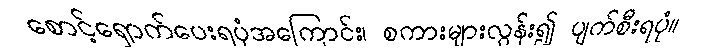
စောင့်ရှောက်ပေးရပုံအကြောင်း၊ စကားများလွန်း၍ ပျက်စီးရပုံ။